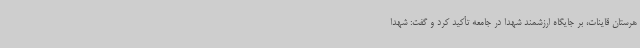
هرستان قاینات، بر جایگاه ارزشمند شهدا در جامعه تأکید کرد و گفت: شهدا